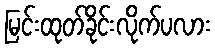
မြင်းထုတ်ခိုင်းလိုက်ပလား